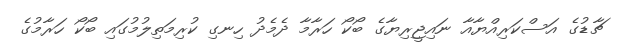
ޗާޑުގެ އަސްކަރިއްޔާއާ ނައިޖީރިޔާގެ ބޯކޯ ހަރާމާ ދެމެދު ހިނގި ކުރިމަތިލުމުގައި ބޯކޯ ހަރާމުގެ